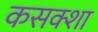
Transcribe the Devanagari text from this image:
कसक्शा